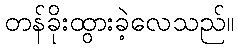
တန်ခိုးထွားခဲ့လေသည်။